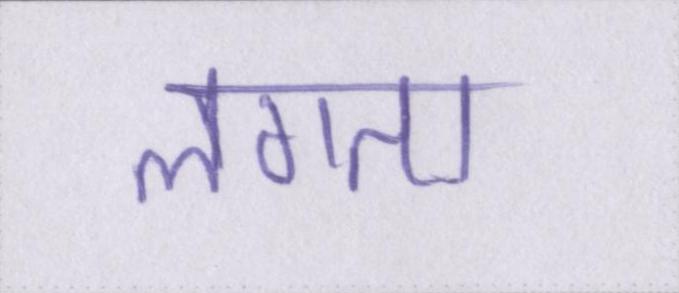
लगता